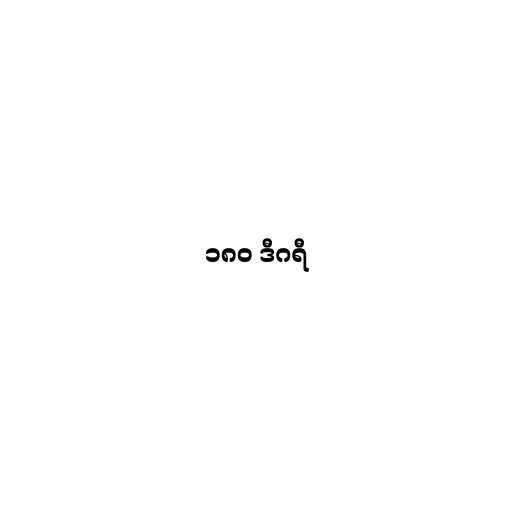
၁၈၀ ဒီဂရီ